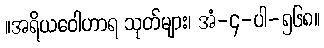
။အရိယဝေါဟာရ သုတ်များ၊ အံ-၄-ပါ-၅၆၈။